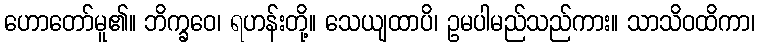
ဟောတော်မူ၏။ ဘိက္ခဝေ၊ ရဟန်းတို့။ သေယျထာပိ၊ ဥမပါမည်သည်ကား။ သာသိဝထိကာ၊